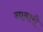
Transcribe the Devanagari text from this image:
नाबारी